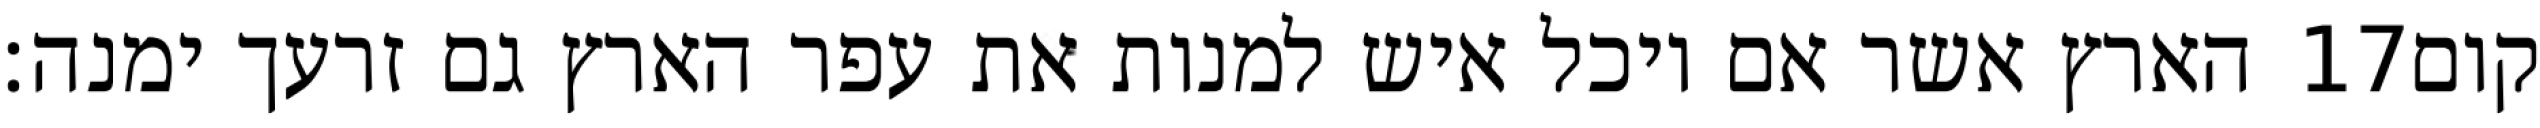
הארץ אשר אם יוכל איש למנות את עפר הארץ גם זרעך ימנה׃ ‎17‏ קום